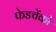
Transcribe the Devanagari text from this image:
फेडचेंको